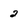
Character: 2